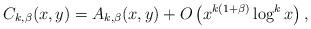
LaTeX: \begin{align*}C_{k,\beta }(x,y) &= A_{k,\beta}(x,y) + O\left(x^{k(1+\beta)}\log^k x\right), \end{align*}